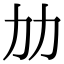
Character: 𠠴